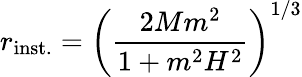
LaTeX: r_{\mathrm{inst.}}=\left(\frac{2Mm^{2}}{1+m^{2}H^{2}}\right)^{1/3}